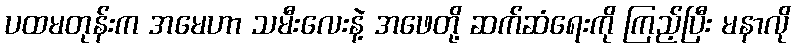
ပထမတုန်းက အမေဟာ သမီးလေးနဲ့ အဖေတို့ ဆက်ဆံရေးကို ကြည့်ပြီး မနာလို